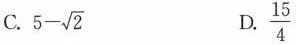
C. $$5- \sqrt{2}$$ D. \frac{15}{4}